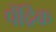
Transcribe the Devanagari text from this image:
पेंद्रिक